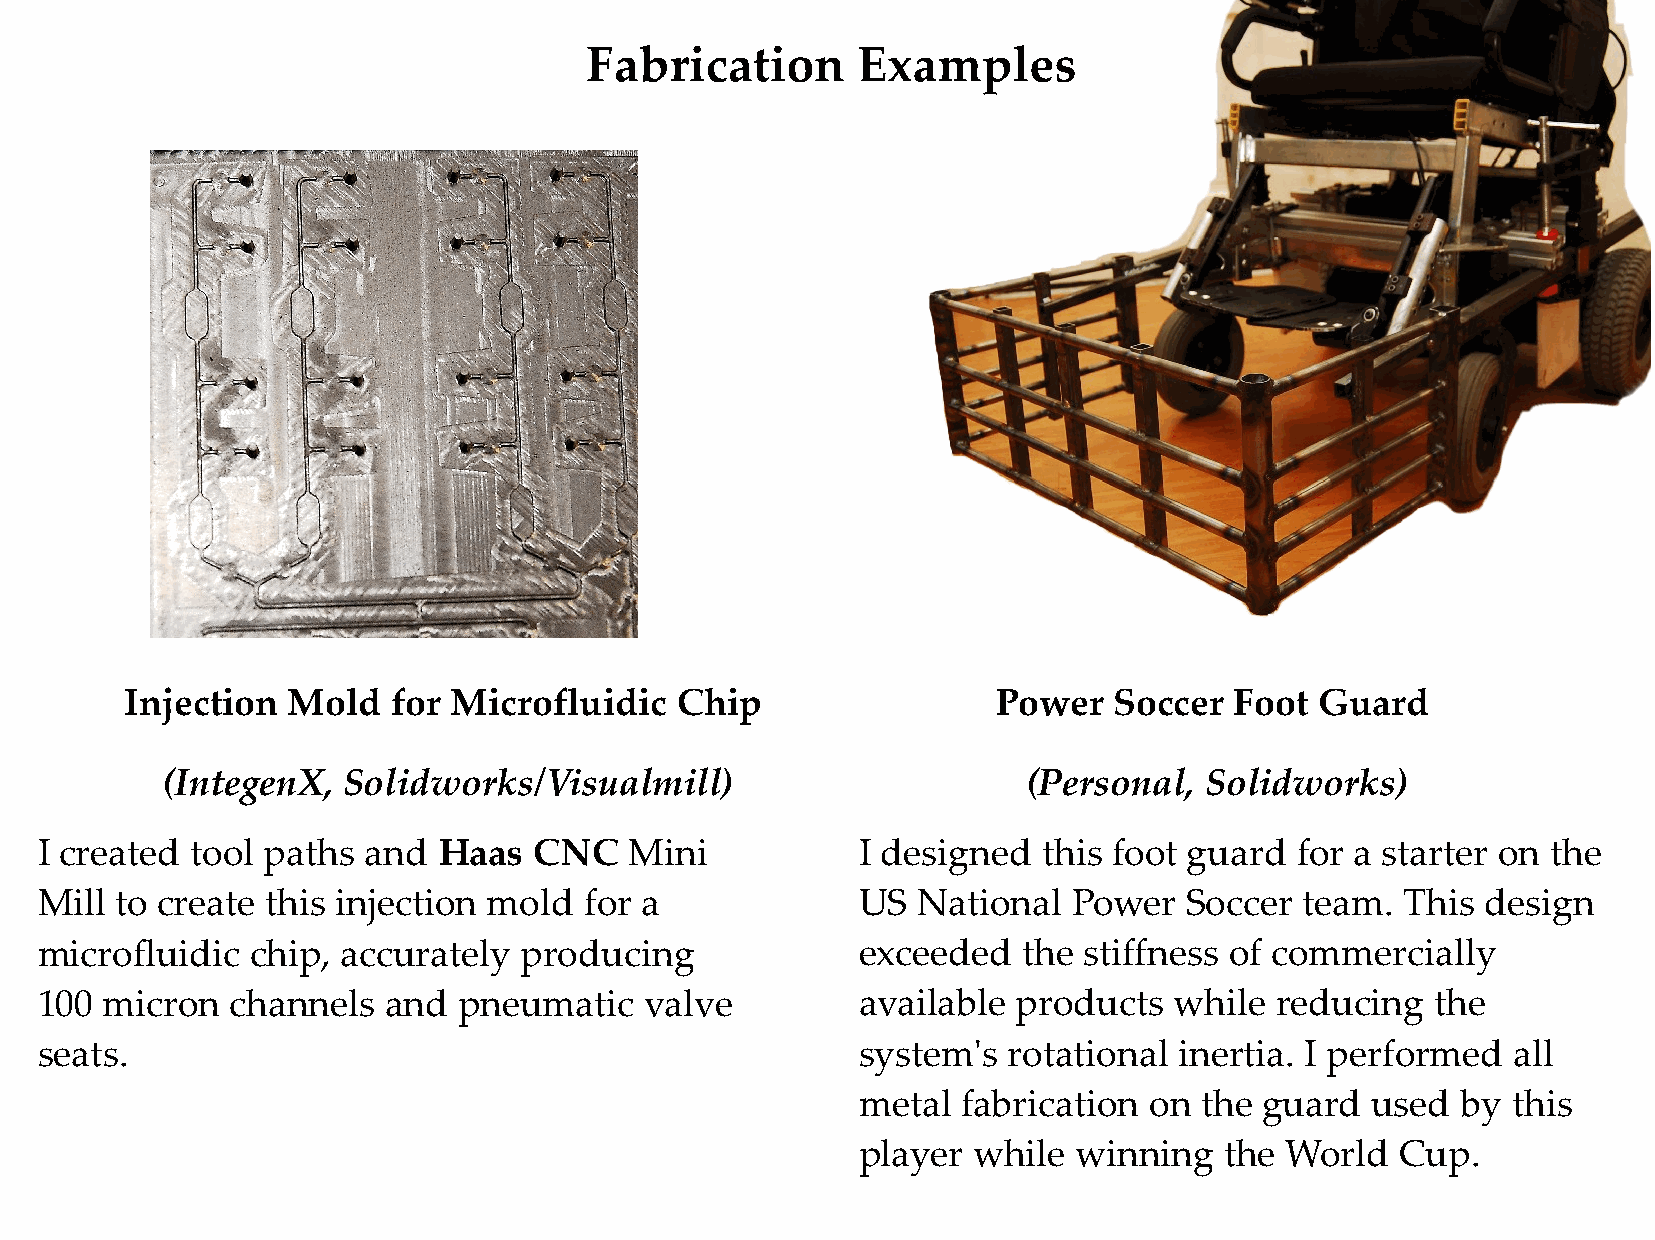
Fabrication       Examples
 Injection  Mold   for Microfluidic   Chip                 Power   Soccer  Foot Guard
 (IntegenX,  Solidworks/Visualmill)                       (Personal,  Solidworks)
 I created  tool paths and  Haas  CNC    Mini           I designed  this foot guard  for a starter on the
 Mill  to create this injection mold  for a             US  National  Power   Soccer team.  This design
 microfluidic   chip, accurately producing              exceeded   the stiffness of commercially
 100  micron  channels   and pneumatic    valve         available products   while reducing   the
 seats.                                                 system's  rotational inertia. I performed  all
 metal  fabrication on the  guard  used  by this
 player while  winning   the World   Cup.